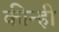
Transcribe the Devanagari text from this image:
कीन्‍ही